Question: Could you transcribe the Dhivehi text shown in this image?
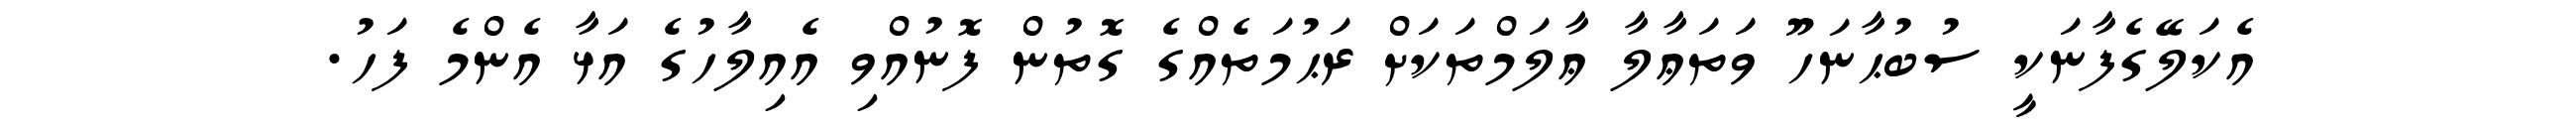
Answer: އެކަލޭގެފާނަކީ ސުބުޙާނަހޫ ވަތަޢާލާ ޢާލަމްތަކަށް ރަޙުމަތެއްގެ ގޮތުން ފޮނުއްވި އެއިލާހުގެ އަޅާ އެންމެ ފަހު.